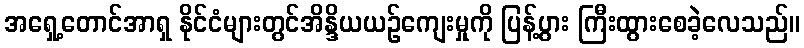
အရှေ့တောင်အာရှ နိုင်ငံများတွင်အိန္ဒိယယဉ်ကျေးမှုကို ပြန့်ပွား ကြီးထွားစေခဲ့လေသည်။